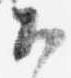
御